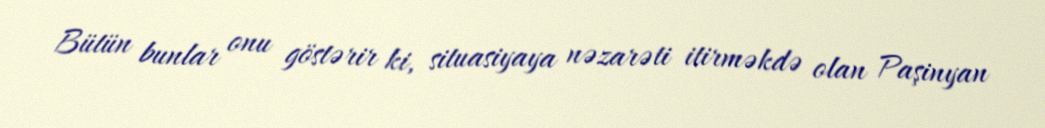
Bütün bunlar onu göstərir ki, situasiyaya nəzarəti itirməkdə olan Paşinyan